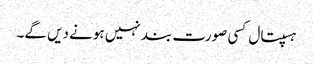
ہسپتال کسی صورت بند نہیں ہونے دیں گے۔